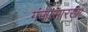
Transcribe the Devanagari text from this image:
गंजासारखा